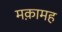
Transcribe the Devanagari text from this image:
मक़ामह